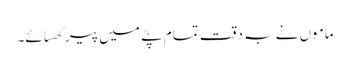
ماموں نے بہ دقت تمام پٹے میں پیر گھسائے۔